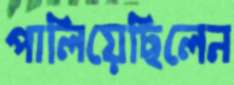
পালিয়েছিলেন